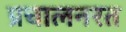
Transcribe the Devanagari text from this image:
प्रचालनरत